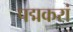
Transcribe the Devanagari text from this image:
पद्मकरां